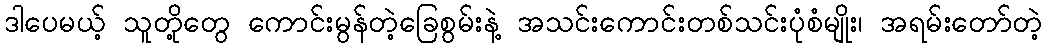
ဒါပေမယ့် သူတို့တွေ ကောင်းမွန်တဲ့ခြေစွမ်းနဲ့ အသင်းကောင်းတစ်သင်းပုံစံမျိုး၊ အရမ်းတော်တဲ့